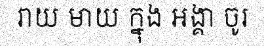
រាយ មាយ ក្នុង អង្គា ចូរ